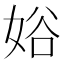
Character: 𱙖